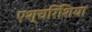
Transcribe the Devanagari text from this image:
एश्चरिशिया